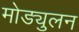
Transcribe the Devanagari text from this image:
मोड्युलन